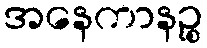
အနေကာနဉ္စ